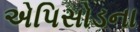
એપિસોડના